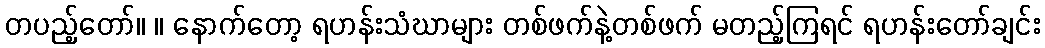
တပည့်တော်။ ။ နောက်တော့ ရဟန်းသံဃာများ တစ်ဖက်နဲ့တစ်ဖက် မတည့်ကြရင် ရဟန်းတော်ချင်း